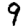
Digit: 9